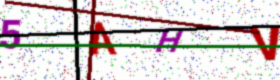
Text: 5AHV